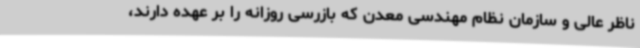
ناظر عالی و سازمان نظام مهندسی معدن که بازرسی روزانه را بر عهده دارند،